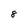
Character: 8